Vaccination in Bombay 1902-1912 - 1902-1912
Year: 1902
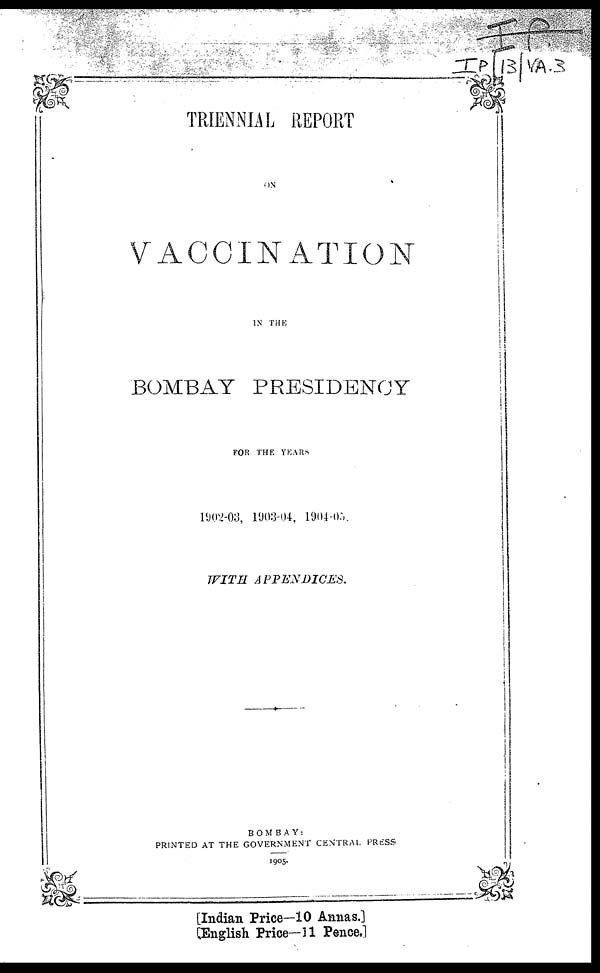
TRIENNIAL REPORT
ON
VACCINATION
IN THE
BOMBAY PRESIDENCY
FOR THE YEARS
1902-03, 1903-04, 1904-05.
WITH
APPENDICES.
BOMBAY:
PRINTED AT THE GOVERNMENT CENTRAL PRESS
1905.
[Indian Price—10 Annas.]
[English Price—11 Pence.]